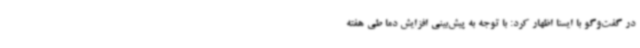
در گفت‌وگو با ایسنا اظهار کرد: با توجه به پیش‌بینی افزایش دما طی هفته